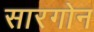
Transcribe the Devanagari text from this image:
सारगोन